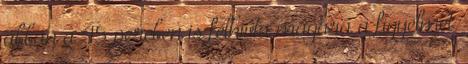
abban a 45 percben is felhívta magára a figyelmet.